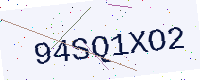
Text: 94SQ1XO2